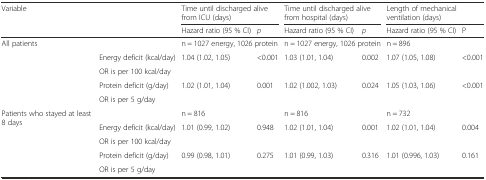
<table><thead><tr><td rowspan="2" colspan="2"><b>Variable</b></td><td colspan="2"><b>Time until discharged alive from ICU (days)</b></td><td colspan="2"><b>Time until discharged alive from hospital (days)</b></td><td colspan="2"><b>Length of mechanical ventilation (days)</b></td></tr><tr><td><b>Hazard ratio (95 % CI)</b></td><td><b><i>p</i></b></td><td><b>Hazard ratio (95 % CI)</b></td><td><b><i>p</i></b></td><td><b>Hazard ratio (95 % CI)</b></td><td><b>P</b></td></tr></thead><tbody><tr><td rowspan="5">All patients</td><td></td><td colspan="2">n = 1027 energy, 1026 protein</td><td colspan="2">n = 1027 energy, 1026 protein</td><td colspan="2">n = 896</td></tr><tr><td>Energy deficit (kcal/day)</td><td rowspan="2">1.04 (1.02, 1.05)</td><td rowspan="2">&lt;0.001</td><td rowspan="2">1.03 (1.01, 1.04)</td><td rowspan="2">0.002</td><td rowspan="2">1.07 (1.05, 1.08)</td><td rowspan="2">&lt;0.001</td></tr><tr><td>OR is per 100 kcal/day</td></tr><tr><td>Protein deficit (g/day)</td><td rowspan="2">1.02 (1.01, 1.04)</td><td rowspan="2">0.001</td><td rowspan="2">1.02 (1.002, 1.03)</td><td rowspan="2">0.024</td><td rowspan="2">1.05 (1.03, 1.06)</td><td rowspan="2">&lt;0.001</td></tr><tr><td>OR is per 5 g/day</td></tr><tr><td rowspan="5">Patients who stayed at least 8 days</td><td></td><td colspan="2">n = 816</td><td colspan="2">n = 816</td><td colspan="2">n = 732</td></tr><tr><td>Energy deficit (kcal/day)</td><td rowspan="2">1.01 (0.99, 1.02)</td><td rowspan="2">0.948</td><td rowspan="2">1.02 (1.01, 1.04)</td><td rowspan="2">0.001</td><td rowspan="2">1.02 (1.01, 1.04)</td><td rowspan="2">0.004</td></tr><tr><td>OR is per 100 kcal/day</td></tr><tr><td>Protein deficit (g/day)</td><td rowspan="2">0.99 (0.98, 1.01)</td><td rowspan="2">0.275</td><td rowspan="2">1.01 (0.99, 1.03)</td><td rowspan="2">0.316</td><td rowspan="2">1.01 (0.996, 1.03)</td><td rowspan="2">0.161</td></tr><tr><td>OR is per 5 g/day</td></tr></tbody></table>